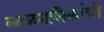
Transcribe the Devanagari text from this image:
लाळनलिकांची